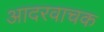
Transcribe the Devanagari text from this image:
आदरवाचक